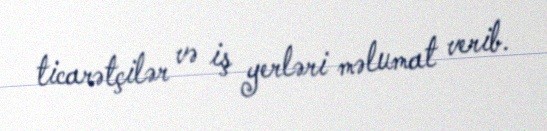
ticarətçilər və iş yerləri məlumat verib.